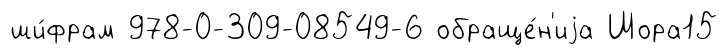
ши́фрам 978-0-309-08549-6 обраще́н'иjа Шора15